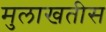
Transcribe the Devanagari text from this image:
मुलाखतीस